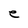
Character: e